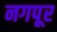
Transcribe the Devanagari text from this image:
नगपूर